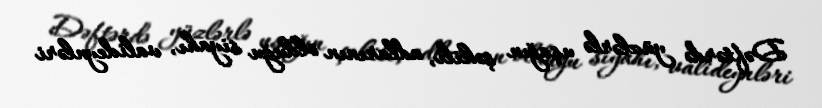
Dəftərdə yüzlərlə uşağın şəkili, adlarının olduğu siyahı, valideynləri